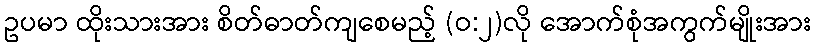
ဥပမာ ထိုးသားအား စိတ်ဓာတ်ကျစေမည့် (ဝ:၂)လို အောက်စုံအကွက်မျိုးအား